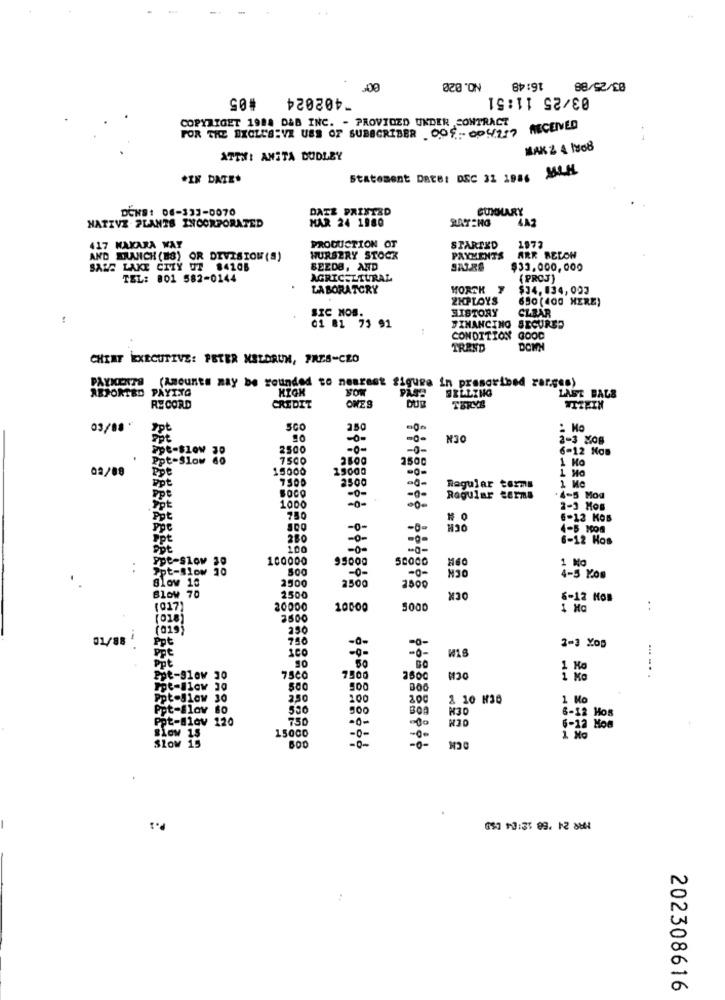
NO.020
16:48
#05
-402024
,00
88/62/68
03/25 11:51
COPYRIGET 1988 DAB INC. - PROVIDED UNDER CONTRACT
RECEIVED
FOR THE EXCLUSIVE USE OF SUBSCRIBER .OOf. OP4117
MAK 2 4 1808
ATTH: ANITA DUDLEY
*IN DATE.
Statement Date: DEC 31 1986 MAH
DATE PRINTED
SUMMARY
NATIVE PLANTS INCORPORATED
DENS: 06-131-0070
MAR 24 1980
4A2
1973
417 MAKARA WAY
PRODUCTION OT
STARTED
AND BRANCH (88) OR DIVISION (S)
NURSERY STOCK
PAYMENTS
ARR BELOW
SALE LAKE CITY UT 84206
SEEDS, AND
$33.000,000
TEL: 001 582-0144
AGRICULTURAL
( PROJ)
LABORATORY
HORSK
$34,834,002
ZHPLOYS
650 (400 HERE)
SIC NOS.
HISTORY
CLBAR
01 81 73 91
FINANCING SECURED
CONDITION GOOD
TREND
DOWN
CHEAT EXECUTIVE: PETER MELDRUM, PRES-CEO
PAYMENTS (Amount# MAY be rounded to nearest figure in prescribed zarges)
REPORTED PAYTYG
HIGH
BILLING
LAST BALS
DU
TERMS
RECORD
CREDIT
ONES
WITHIN
03/08 *
Ppt
SCO
350
OEN
Ppt
-0-
=0-
2-3 MOB
2500
-0-
-0-
6-12 Nos
Ppt-Slow 60
pt-slow 30
7500
2500
1 Ho
02/08
Ppt
15000
19000
-0-
Ppt
7300
2500
-â-
BOCO
Regular terms
Ppt
-0-
-0-
·0-
Ragular terms
4-5 Mod
Ppt
1000
-0-
2-3 Hos
Ppt
750
OCH
6-12 KOB
ppe
-0-
-0-
4-5 MOS
Ppt
280
-o-
6-12 Hos
100
-0-
100000
50000
1 No
Ppt-Slow 10
Ppe-slow 30
500
M30
slow 10
2500
4-5 Kom
Blow 70
2500
1800
OCK
2500
6-12 Mos
(017)
20000
10000
5000
..
(018)
2500
(019)
250
01/88
--
Ppt
750
-0-
-0-
2-3 Yo5
Ppe
-9-
-0-
Ppt
1 Ko
.....
Ept-91av 30
7500
7500
500
500
Ppt-Slow 30
250
200
2 10 H36
1 Mo
Ppt-Slov 80
530
500
BOA
M30
Ppt-Biov 120
750
-0-
6-12 Hos
slow 1s
15000
OCH
6-12 Noa
Slow 15
-0-
650 13:35 09. 12 8881
N
a
202308616